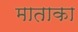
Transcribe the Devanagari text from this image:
माताका